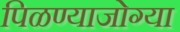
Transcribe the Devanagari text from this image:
पिळण्याजोग्या